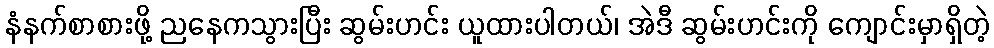
နံနက်စာစားဖို့ ညနေကသွားပြီး ဆွမ်းဟင်း ယူထားပါတယ်၊ အဲဒီ ဆွမ်းဟင်းကို ကျောင်းမှာရှိတဲ့